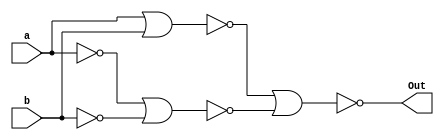
module XORusingNorGate(Out,a,b);
  output Out;
  input a,b;
  wire q1,q2,q3,q4;
  
  nor n1(q1,a);
  nor n2(q2,b);
  nor n3(q3,a,b);
  nor n4(q4,q1,q2);
  nor n5(Out,q3,q4);
  
endmodule